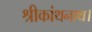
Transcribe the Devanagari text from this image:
श्रीकांथनाथ।